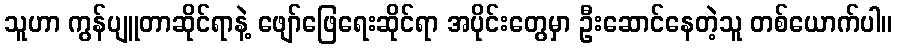
သူဟာ ကွန်ပျူတာဆိုင်ရာနဲ့ ဖျော်ဖြေရေးဆိုင်ရာ အပိုင်းတွေမှာ ဦးဆောင်နေတဲ့သူ တစ်ယောက်ပါ။